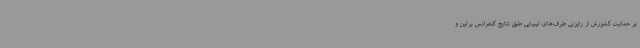
بر حمایت کشورش از رایزنی طرف‌های لیبیایی طبق نتایج کنفرانس برلین و